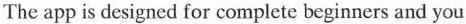
The app is designed for complete beginners and you